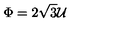
\Phi = 2 \sqrt { 3 } { \cal U }